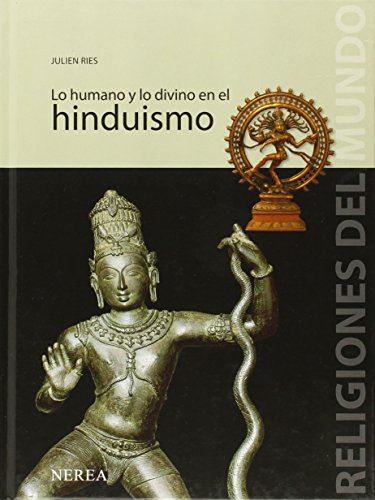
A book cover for Lo humano y lo divino en el hinduismo (Religiones del Mundo) (Spanish Edition); Julien Ries; Teen & Young Adult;